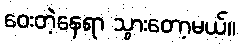
ဝေးတဲ့နေရာ သွားတော့မယ်။